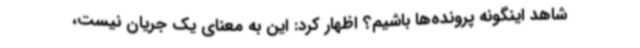
شاهد اینگونه پرونده‌ها باشیم؟ اظهار کرد: این به معنای یک جریان نیست،